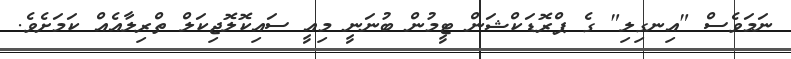
ނަމަވެސް "އިނގިލި" ގެ ޕްރޮޑަކްޝަން ޓީމުން ބުނަނީ މިއީ ސައިކޮލޮޖިކަލް ތްރިލާއެއް ކަމަށެވެ.